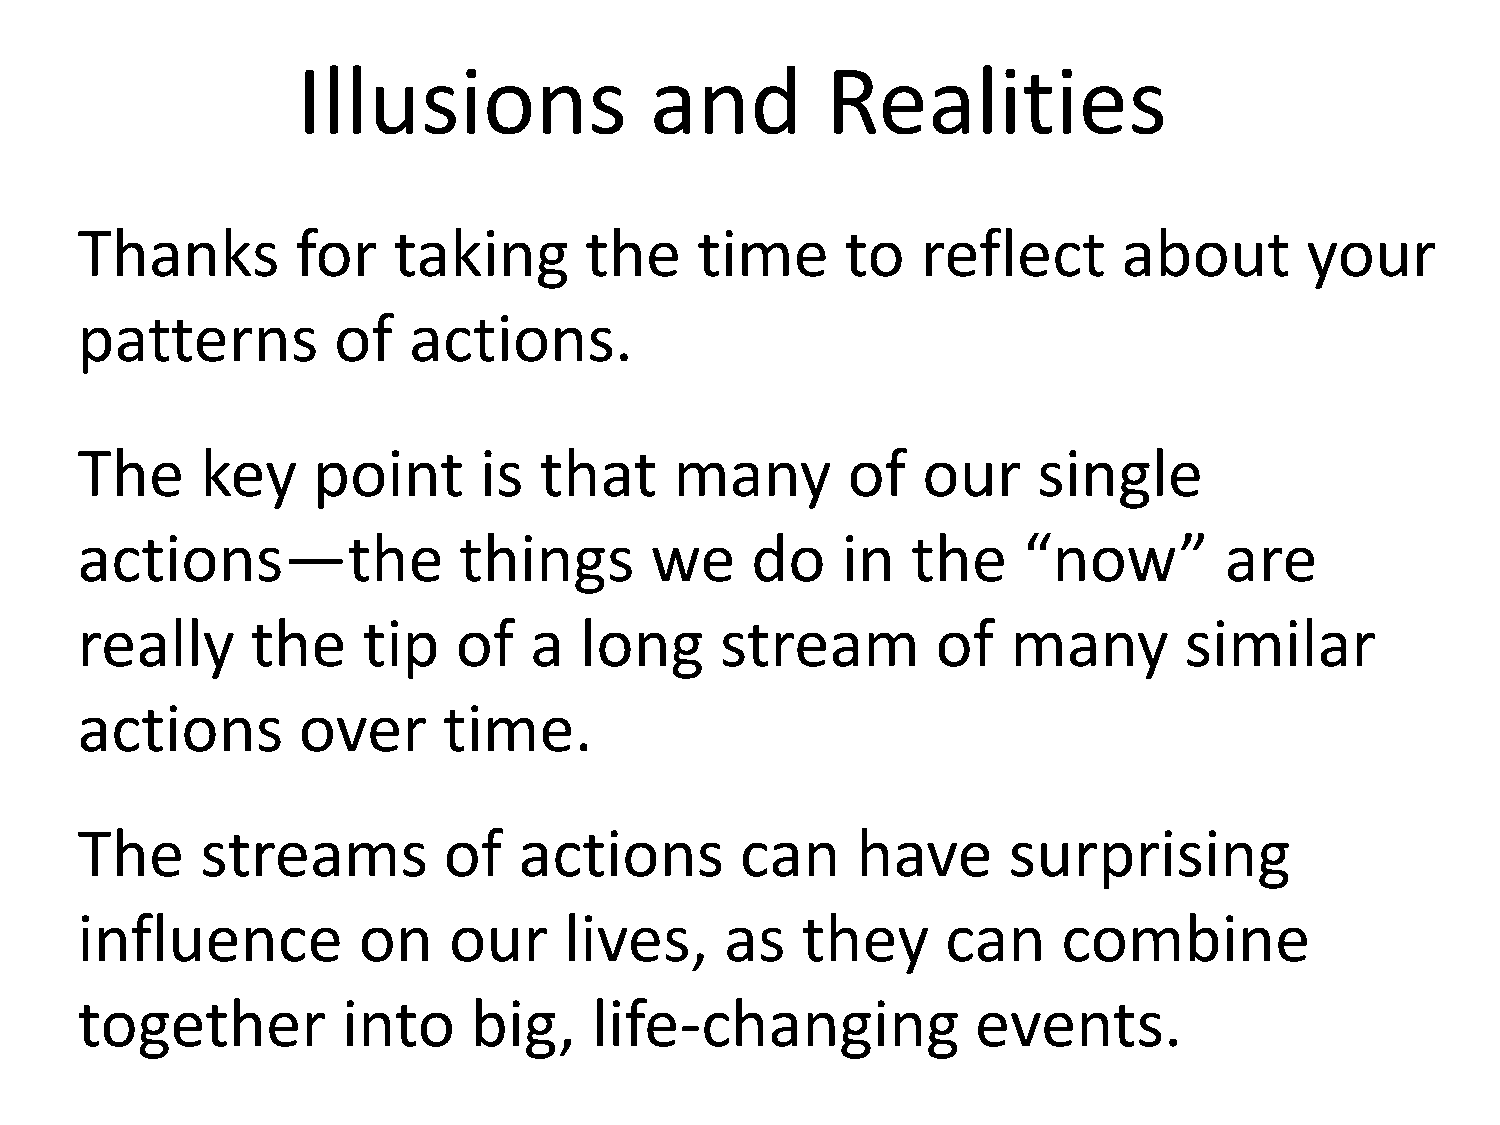
Illusions              and         Realities
 Thanks         for   taking       the    time      to   reflect      about       your
 patterns         of   actions.
 The     key     point      is  that     many       of   our     single
 actions—the              things       we     do    in  the     “now”        are
 really      the    tip   of   a  long      stream        of   many       similar
 actions        over     time.
 The     streams         of   actions        can     have      surprising
 influence          on    our    lives,     as   they      can    combine
 together          into    big,    life-changing             events.